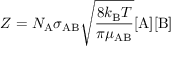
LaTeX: Z = N _ { \mathrm { A } } \sigma _ { \mathrm { A B } } { \sqrt { \frac { 8 k _ { \mathrm { B } } T } { \pi \mu _ { \mathrm { A B } } } } } [ { \mathrm { A } } ] [ { \mathrm { B } } ]